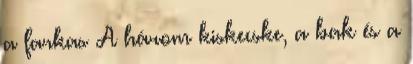
a farkas A három kiskecske, a bak és a